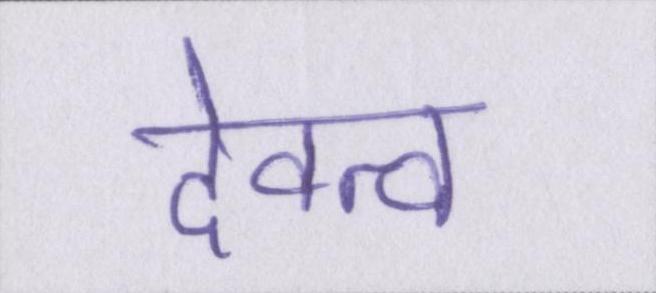
देवत्व